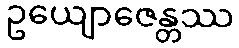
ဥယျောဇေန္တဿ